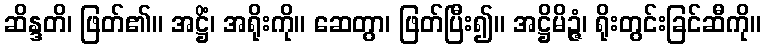
ဆိန္ဒတိ၊ ဖြတ်၏။ အဋ္ဌိံ၊ အရိုးကို။ ဆေတွာ၊ ဖြတ်ပြီး၍။ အဋ္ဌိမိဉ္ဇံ၊ ရိုးတွင်းခြင်ဆီကို။